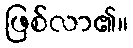
ဖြစ်လာ၏။